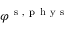
\varphi ^ { \mathrm { ~ s ~ } , \mathrm { ~ p ~ h ~ y ~ s ~ } }